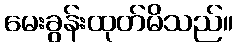
မေးခွန်းထုတ်မိသည်။